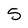
Character: 5